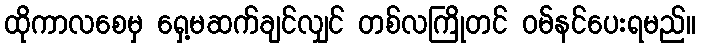
ထိုကာလစေမှ ရှေ့မဆက်ချင်လျှင် တစ်လကြိုတင် ဝမ်နင်ပေးရမည်။